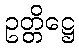
ဥတ္တိဋ္ဌေ